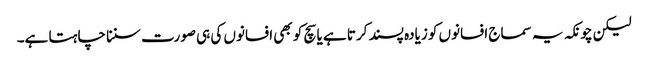
لیکن چونکہ یہ سماج افسانوں کو زیادہ پسند کرتا ہے یا سچ کو بھی افسانوں کی ہی صورت سننا چاہتا ہے۔